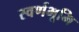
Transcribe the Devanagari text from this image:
स्वर्णभूमि